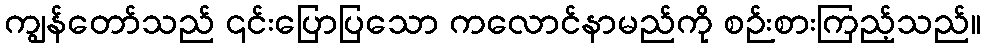
ကျွန်တော်သည် ၎င်းပြောပြသော ကလောင်နာမည်ကို စဉ်းစားကြည့်သည်။